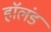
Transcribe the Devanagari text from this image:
हाॅलंड